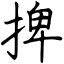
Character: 捭